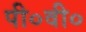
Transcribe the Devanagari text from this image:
पी०वी०